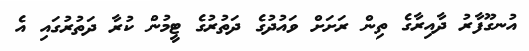
އުނގޫފާރު ދާއިރާގެ ތިން ރަށަށް ވައުދުގެ ދަތުރުގެ ޓީމުން ކުރާ ދަތުރުގައި އެ